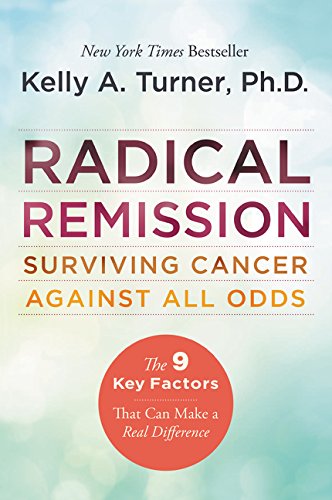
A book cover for Radical Remission: Surviving Cancer Against All Odds; Kelly A., PhD Turner; Self-Help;